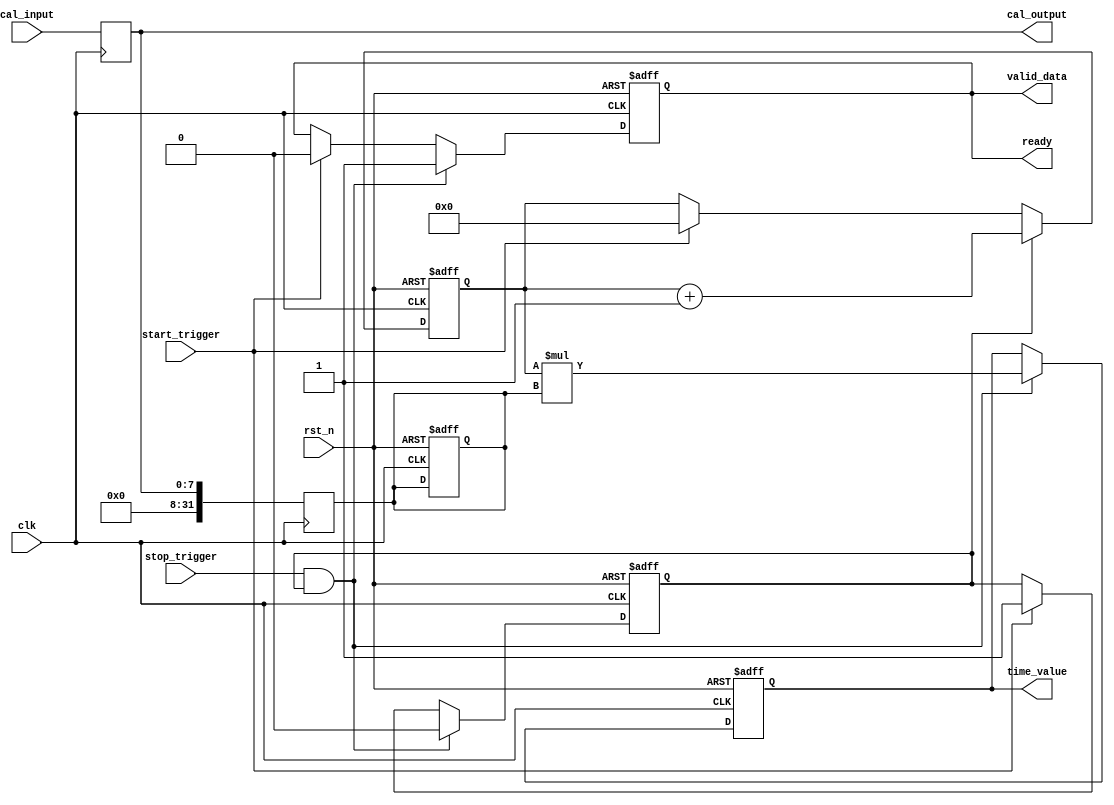
module TDC_Hybrid (
    input wire clk,                   // Main clock for the TDC
    input wire rst_n,                 // Active low reset
    input wire start_trigger,         // Start trigger signal
    input wire stop_trigger,          // Stop trigger signal
    output reg [31:0] time_value,     // Measured time value in some unit (e.g., ns)
    output reg valid_data,            // Output data valid signal
    input wire [7:0] cal_input,       // Calibration input interface
    output wire [7:0] cal_output,     // Calibration output
    output wire ready                  // Ready signal for data readout
);

    reg [31:0] counter;               // Counter for time measurement
    reg measuring;                    // State to track measurement progress
    reg [31:0] calibration_factor;    // Used for calibration adjustment
    reg [7:0] calibration;            // Storage for calibration adjustment

    // Initialization
    always @(posedge clk or negedge rst_n) begin
        if (!rst_n) begin
            counter <= 0;
            time_value <= 0;
            valid_data <= 0;
            measuring <= 0;
            calibration_factor <= 1;  // Default calibration factor
        end else begin
            if (start_trigger) begin
                counter <= 0;          // Reset counter on start trigger
                measuring <= 1;        // Start measuring
                valid_data <= 0;       // Reset valid data
            end
            
            if (measuring) begin
                counter <= counter + 1; // Increment counter
            end
            
            if (stop_trigger && measuring) begin
                time_value <= counter * calibration_factor; // Apply calibration
                valid_data <= 1;          // Set valid data
                measuring <= 0;           // Stop measuring
            end
        end
    end

    // Calibration Adjustment
    always @(posedge clk) begin
        calibration <= cal_input;          // Store calibration input
        calibration_factor <= calibration;  // Update calibration factor
    end

    // Ready signal for data readout
    assign ready = valid_data;

    // Output calibration adjustment
    assign cal_output = calibration;

endmodule